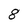
Character: 8